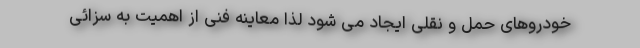
خودروهای حمل و نقلی ایجاد می شود لذا معاینه فنی از اهمیت به سزائی